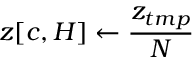
z [ c , H ] \gets \frac { z _ { t m p } } { N }